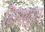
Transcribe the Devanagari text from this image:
निसटून्